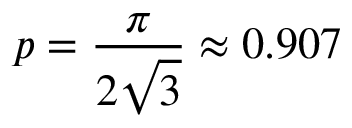
p = \frac { \pi } { 2 \sqrt { 3 } } \approx 0 . 9 0 7